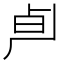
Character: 𰆄